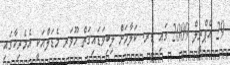
29 އެޕްރީލް 2009 ގައި ޑރ. ކަލާމަށް ލިބިވަޑައިގަތް ހޫވަރ މެޑަލްއަކީ އެމެރިކާގައި